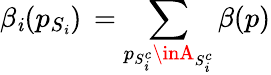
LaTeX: \beta_{\mathit{i}}(p_{S_{\mathit{i}}})\, =\displaystyle\sum_{p_{S_{\mathit{i}}^{c}}\inA_{S_{\mathit{i}}^{c}}}\beta(p)